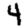
Digit: 4